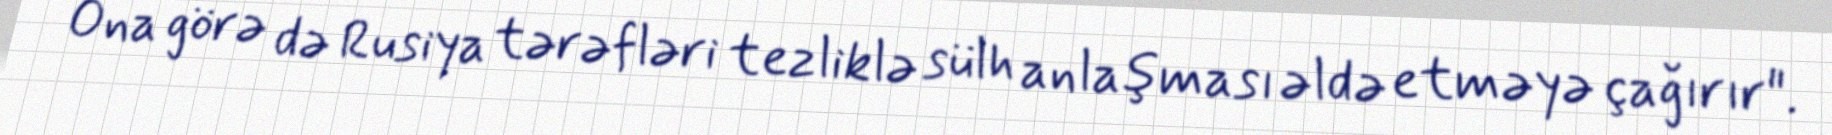
Ona görə də Rusiya tərəfləri tezliklə sülh anlaşması əldə etməyə çağırır".